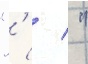
"'   "